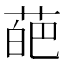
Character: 葩